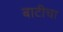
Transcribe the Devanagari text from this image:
बाटीचा